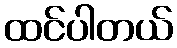
ထင်ပါတယ်